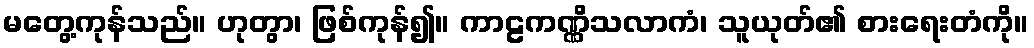
မတွေ့ကုန်သည်။ ဟုတွာ၊ ဖြစ်ကုန်၍။ ကာဠကဏ္ဏိသလာကံ၊ သူယုတ်၏ စားရေးတံကို။